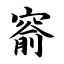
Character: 窬